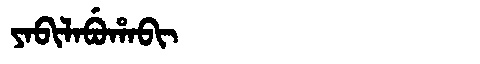
Manchu: ᠶᠠᠪᡳᠯᠠᠪᡠᡥᠠᠪᡳ
Romanization: YABILABUHABI